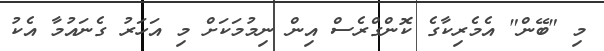
މި "ބޭން" އެމެރިކާގެ ކޮންގްރެސް އިން ނިމުމަކަށް މި އަހަރު ގެނައުމާ އެކު